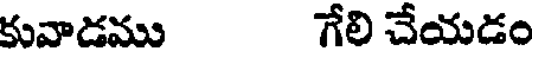
కువాడము గేలి చేయడం